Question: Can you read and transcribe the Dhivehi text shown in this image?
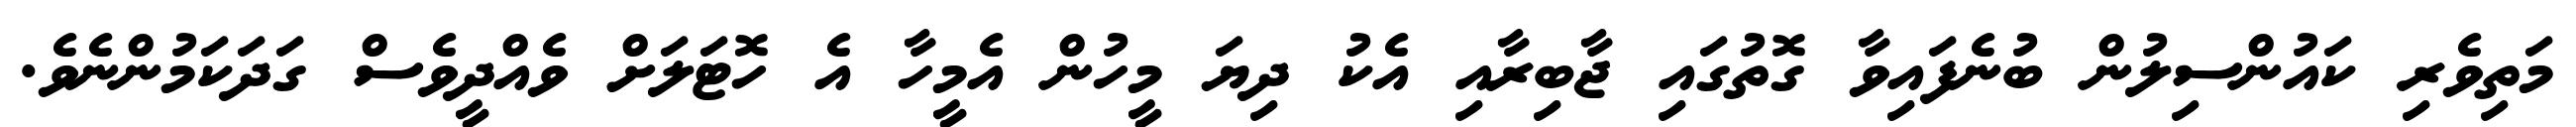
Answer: މަތިވެރި ކައުންސިލުން ބުނެފައިވާ ގޮތުގައި ޖާބިރާއި އެކު ދިޔަ މީހުން އެމީހާ އެ ހޮޓަލަށް ވެއްދީވެސް ގަދަކަމުންނެވެ.